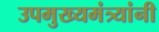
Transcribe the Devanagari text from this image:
उपमुख्यमंत्र्यांनी